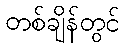
တစ်ချိန်တွင်